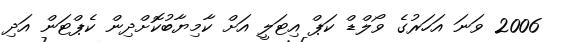
2006 ވަނަ އަހަރުގެ ވޯލްޑް ކަޕް އިޓަލީ އަށް ކާމިޔާބުކޮށްދިން ކެޕްޓަން އަދި